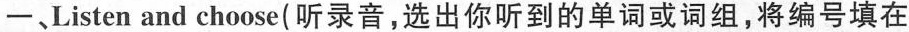
一、Listen and choose(听录音,选出你听到的单词或词组,将编号填在